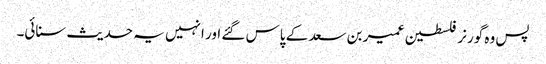
پس وہ گورنر فلسطین عمیر بن سعد کے پاس گئے اور انہیں یہ حدیث سنائی۔